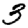
Digit: 3